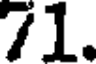
71.